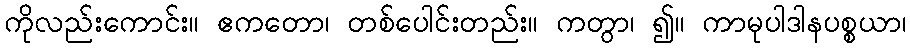
ကိုလည်းကောင်း။ ဧကတော၊ တစ်ပေါင်းတည်း။ ကတွာ၊ ၍။ ကာမုပါဒါနပစ္စယာ၊